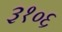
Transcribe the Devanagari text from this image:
३१०६